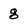
Character: g